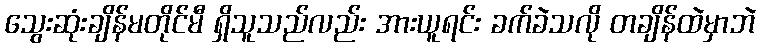
သွေးဆုံးချိန်မတိုင်မီ ရှိသူသည်လည်း အားယူရင်း ခက်ခဲသလို တချိန်ထဲမှာဘဲ